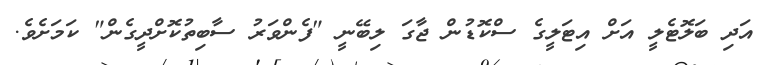
އަދި ބަލޮޓެލީ އަށް އިޓަލީގެ ސްކޮޑުން ޖާގަ ލިބޭނީ "ފެންވަރު ސާބިތުކޮށްދީގެން" ކަމަށެވެ.